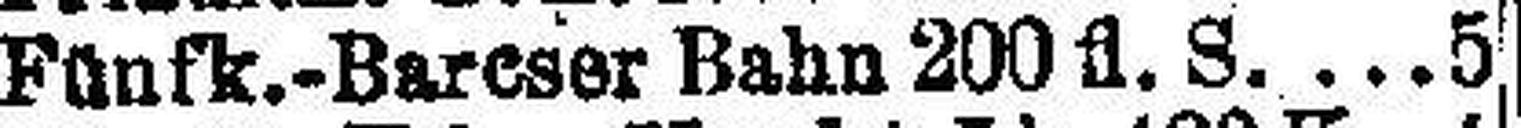
Fünfk.-Bareser Bahn 200 fl. S. 5